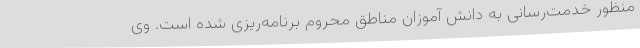
منظور خدمت‌رسانی به دانش آموزان مناطق محروم برنامه‌ریزی شده است. وی